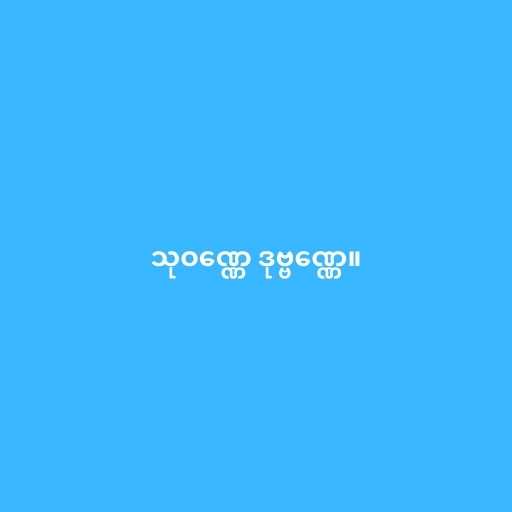
သုဝဏ္ဏေ ဒုဗ္ဗဏ္ဏေ။